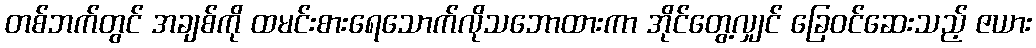
တစ်ဘက်တွင် အချစ်ကို ထမင်းစားရေသောက်လိုသဘောထားကာ အိုင်တွေ့လျှင် ခြေဝင်ဆေးသည့် ဇယား